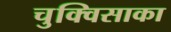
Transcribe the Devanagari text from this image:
चुक्विसाका